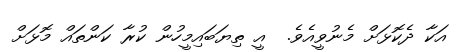
އަކާ ދެކޮޅަށް މެނުވީއެވެ.  އީ ތިޔަބައިމީހުން ކުރާ ކަންތައް މޮޅަށް